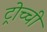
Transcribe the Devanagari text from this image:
ट्रोच्ची